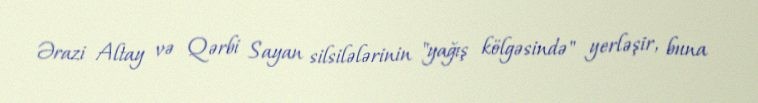
Ərazi Altay və Qərbi Sayan silsilələrinin "yağış kölgəsində" yerləşir, buna